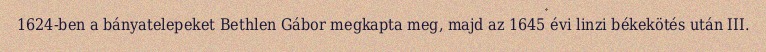
1624-ben a bányatelepeket Bethlen Gábor megkapta meg, majd az 1645 évi linzi békekötés után III.